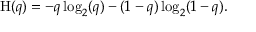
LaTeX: \mathrm { H } ( q ) = - q \log _ { 2 } ( q ) - ( 1 - q ) \log _ { 2 } ( 1 - q ) .